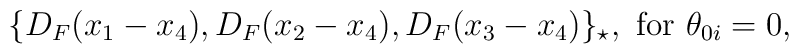
\{D_F(x_1-x_4),D_F(x_2-x_4),D_F(x_3-x_4)\}_{\star}, {\rm ~for~}\theta_{0i}=0,